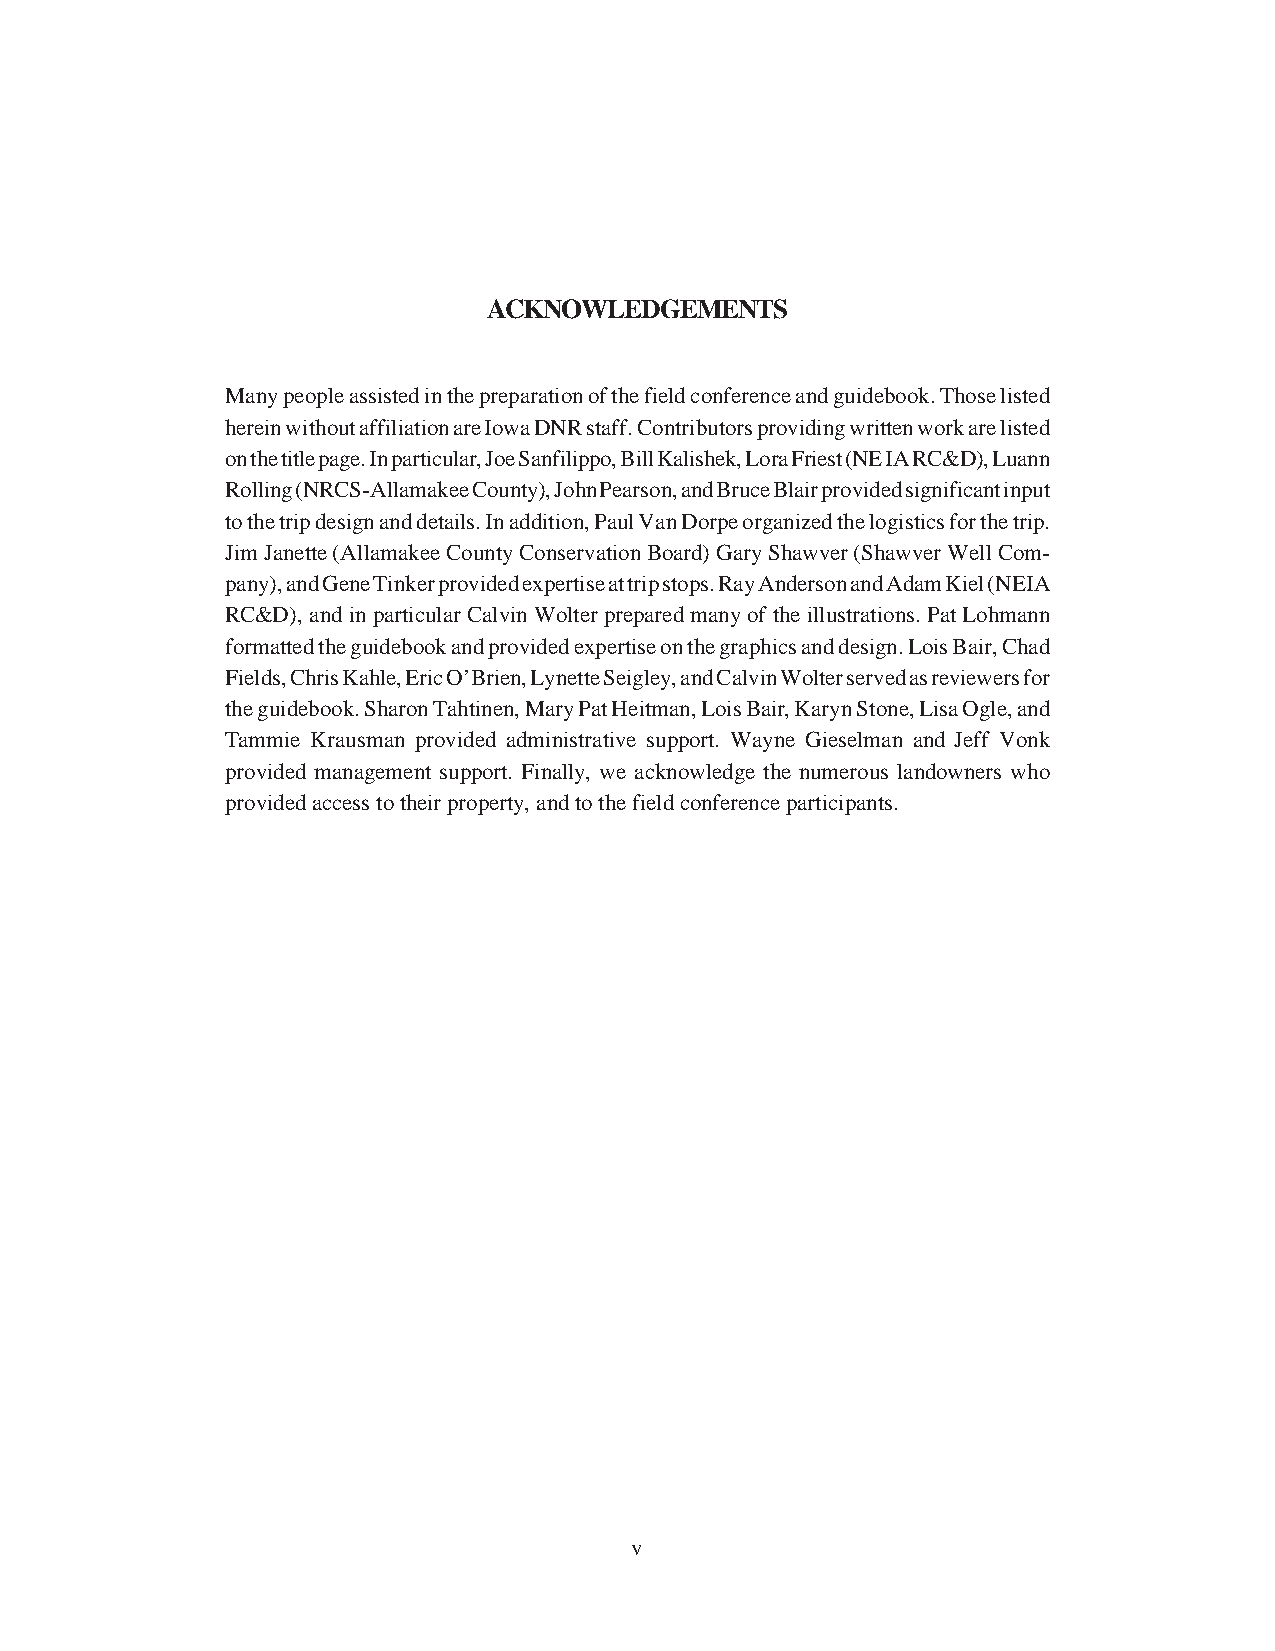
ACKNOWLEDGEMENTS
 Many people assisted in the preparation of the field conference and guidebook. Those listed
 herein without affiliation are Iowa DNR staff. Contributors providing written work are listed
 on the title page. In particular, Joe Sanfilippo, Bill Kalishek, Lora Friest (NE IA RC&D), Luann
 Rolling (NRCS-Allamakee County), John Pearson, and Bruce Blair provided significant input
 to the trip design and details. In addition, Paul Van Dorpe organized the logistics for the trip.
 Jim Janette (Allamakee County Conservation Board) Gary Shawver (Shawver Well Com-
 pany), and Gene Tinker provided expertise at trip stops. Ray Anderson and Adam Kiel (NEIA
 RC&D), and in particular Calvin Wolter prepared many of the illustrations. Pat Lohmann
 formatted the guidebook and provided expertise on the graphics and design. Lois Bair, Chad
 Fields, Chris Kahle, Eric O’Brien, Lynette Seigley, and Calvin Wolter served as reviewers for
 the guidebook. Sharon Tahtinen, Mary Pat Heitman, Lois Bair, Karyn Stone, Lisa Ogle, and
 Tammie Krausman provided administrative support. Wayne Gieselman and Jeff Vonk
 provided management support. Finally, we acknowledge the numerous landowners who
 provided access to their property, and to the field conference participants.
 9v9